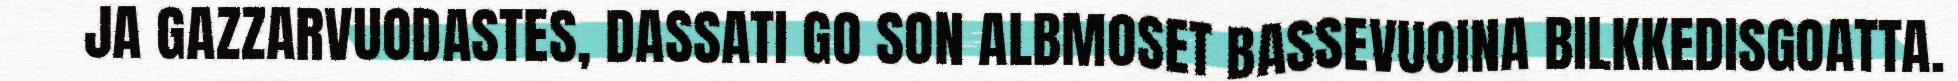
JA GAZZARVUODASTES, DASSATI GO SON ALBMOSET BASSEVUOINA BILKKEDISGOATTA.